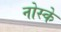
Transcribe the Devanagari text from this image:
नोस्के